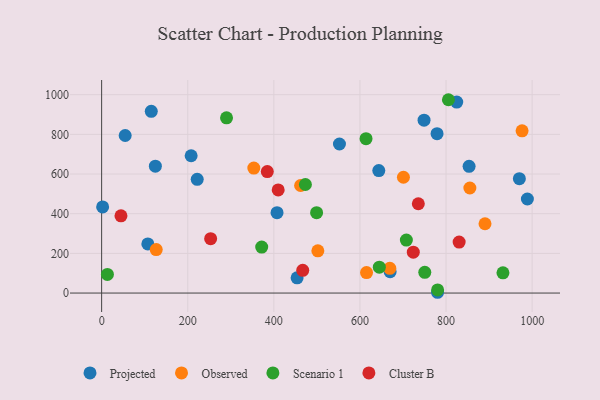
{"axis": {"x": "Experience", "y": "Sales"}, "legend": ["Cluster B", "Observed", "Projected", "Scenario 1"], "data": [{"x": "988.9", "y": 474.2, "type": "Projected"}, {"x": "748.9", "y": 871.7, "type": "Projected"}, {"x": "107.3", "y": 247.7, "type": "Projected"}, {"x": "970.3", "y": 576.8, "type": "Projected"}, {"x": "407.4", "y": 405.4, "type": "Projected"}, {"x": "222.0", "y": 573.4, "type": "Projected"}, {"x": "779.1", "y": 803.5, "type": "Projected"}, {"x": "54.7", "y": 794.3, "type": "Projected"}, {"x": "643.8", "y": 617.2, "type": "Projected"}, {"x": "124.8", "y": 639.6, "type": "Projected"}, {"x": "780.3", "y": 3.9, "type": "Projected"}, {"x": "552.4", "y": 751.4, "type": "Projected"}, {"x": "2.3", "y": 434.4, "type": "Projected"}, {"x": "454.0", "y": 76.6, "type": "Projected"}, {"x": "670.1", "y": 107.6, "type": "Projected"}, {"x": "853.5", "y": 638.7, "type": "Projected"}, {"x": "824.8", "y": 962.7, "type": "Projected"}, {"x": "115.3", "y": 916.2, "type": "Projected"}, {"x": "207.9", "y": 692.2, "type": "Projected"}, {"x": "701.0", "y": 583.9, "type": "Observed"}, {"x": "126.8", "y": 219.4, "type": "Observed"}, {"x": "890.5", "y": 349.3, "type": "Observed"}, {"x": "855.3", "y": 529.6, "type": "Observed"}, {"x": "669.4", "y": 124.5, "type": "Observed"}, {"x": "462.2", "y": 542.1, "type": "Observed"}, {"x": "353.5", "y": 629.8, "type": "Observed"}, {"x": "976.6", "y": 817.7, "type": "Observed"}, {"x": "502.2", "y": 213.1, "type": "Observed"}, {"x": "615.3", "y": 103.4, "type": "Observed"}, {"x": "614.1", "y": 778.3, "type": "Scenario 1"}, {"x": "645.0", "y": 130.4, "type": "Scenario 1"}, {"x": "290.1", "y": 883.5, "type": "Scenario 1"}, {"x": "13.4", "y": 93.9, "type": "Scenario 1"}, {"x": "473.3", "y": 547.2, "type": "Scenario 1"}, {"x": "371.8", "y": 232.0, "type": "Scenario 1"}, {"x": "805.5", "y": 974.6, "type": "Scenario 1"}, {"x": "932.2", "y": 102.2, "type": "Scenario 1"}, {"x": "750.6", "y": 104.7, "type": "Scenario 1"}, {"x": "707.8", "y": 267.1, "type": "Scenario 1"}, {"x": "780.4", "y": 15.7, "type": "Scenario 1"}, {"x": "499.3", "y": 405.1, "type": "Scenario 1"}, {"x": "830.4", "y": 256.8, "type": "Cluster B"}, {"x": "467.1", "y": 114.8, "type": "Cluster B"}, {"x": "410.1", "y": 519.8, "type": "Cluster B"}, {"x": "253.2", "y": 274.0, "type": "Cluster B"}, {"x": "44.9", "y": 389.1, "type": "Cluster B"}, {"x": "723.9", "y": 206.2, "type": "Cluster B"}, {"x": "384.8", "y": 612.5, "type": "Cluster B"}, {"x": "735.6", "y": 450.3, "type": "Cluster B"}]}